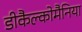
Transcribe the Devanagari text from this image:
डीकैल्कोमैनिया